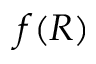
f ( R )